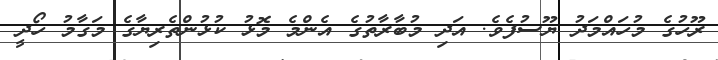
ރޫހުގެ މުހައްމަދު ޔޫސުފެވެ. އަދި މުބާރާތުގެ އެންމެ މޮޅު ކުޅުންތެރިޔާގެ މަގާމު ހޯދީ